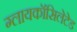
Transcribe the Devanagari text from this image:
ग्लायकॉसिलेटेड